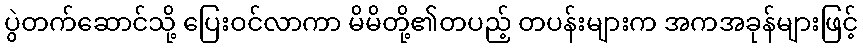
ပွဲတက်ဆောင်သို့ ပြေးဝင်လာကာ မိမိတို့၏တပည့် တပန်းများက အကအခုန်များဖြင့်